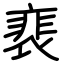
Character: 裵